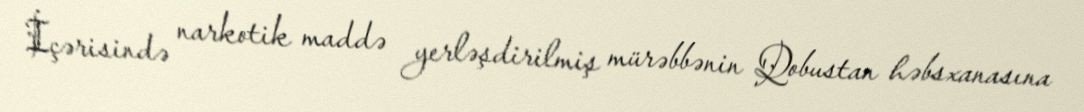
İçərisində narkotik maddə yerləşdirilmiş mürəbbənin Qobustan həbsxanasına